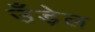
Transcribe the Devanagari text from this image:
उँड़ेल